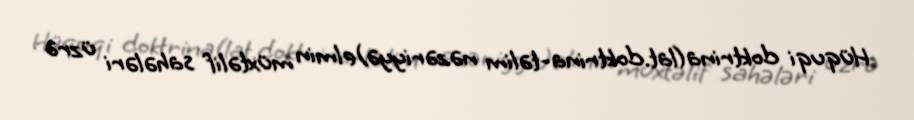
Hüquqi doktrina(lat.doktrina-təlim nəzəriyyə)elmin müxtəlif sahələri üzrə